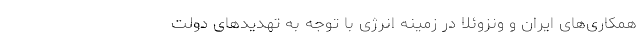
همکاری‌های ایران و ونزوئلا در زمینه انرژی با توجه به تهدیدهای دولت